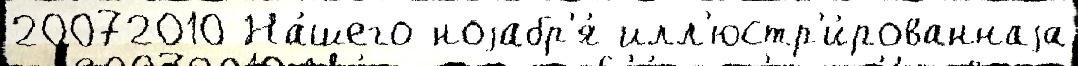
20072010 На́шего ноjабр'я́ илл'юстр'и́рованнаjа